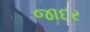
જાદર